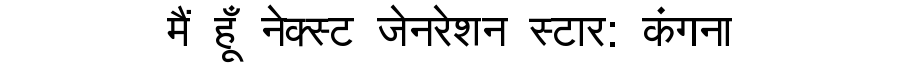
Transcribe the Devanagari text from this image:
मैं हूँ नेक्स्ट जेनरेशन स्टार: कंगना